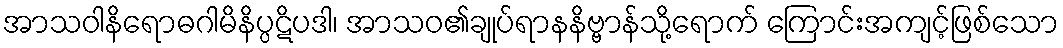
အာသဝါနိရောဓဂါမိနိပ္ပဋိပဒါ၊ အာသဝ၏ချုပ်ရာနနိဗ္ဗာန်သို့ရောက် ကြောင်းအကျင့်ဖြစ်သော